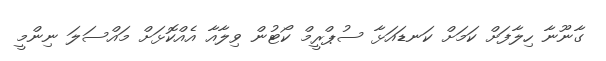
ގާނޫނާ ހިލާފަށް ކަމަށް ކަނޑައަޅާ ސުޕްރީމް ކޯޓުން ވިލާއާ އެއްކޮޅަށް މައްސަލަ ނިންމީ